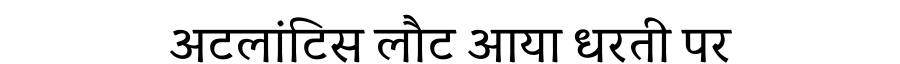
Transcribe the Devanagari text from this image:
अटलांटिस लौट आया धरती पर